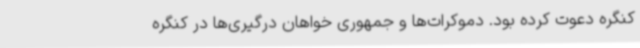
کنگره دعوت کرده بود. دموکرات‌ها و جمهوری خواهان درگیری‌ها در کنگره